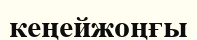
кеңейжоңғы